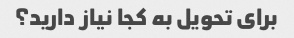
برای تحویل به کجا نیاز دارید؟